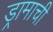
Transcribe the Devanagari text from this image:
ड्रामाची